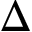
\Delta